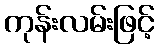
ကုန်းလမ်းဖြင့်